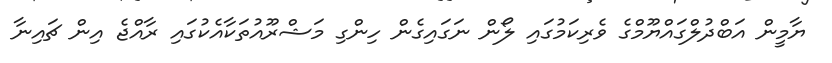
ޔާމީން އަބްދުލްގައްޔޫމްގެ ވެރިކަމުގައި ލޯން ނަގައިގެން ހިންގި މަޝްރޫއުތަކާއެކުގައި ރާއްޖެ އިން ޗައިނާ